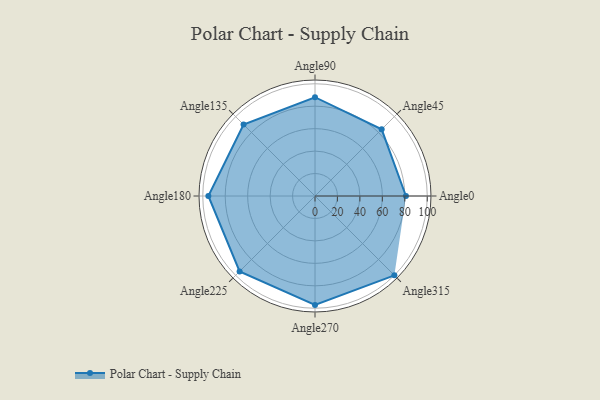
{"axis": {"x": "Angle", "y": "Radius"}, "legend": [""], "data": [{"x": "Angle0", "y": 81.0, "type": ""}, {"x": "Angle45", "y": 84.0, "type": ""}, {"x": "Angle90", "y": 88.0, "type": ""}, {"x": "Angle135", "y": 90.0, "type": ""}, {"x": "Angle180", "y": 95.0, "type": ""}, {"x": "Angle225", "y": 95.0, "type": ""}, {"x": "Angle270", "y": 97.0, "type": ""}, {"x": "Angle315", "y": 100.0, "type": ""}]}